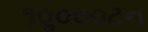
૧૦ૢ૦૦૦ટન